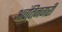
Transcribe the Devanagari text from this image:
अवंतिनगरी